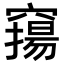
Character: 𥨛